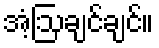
အံ့ဩချင်ချင်။